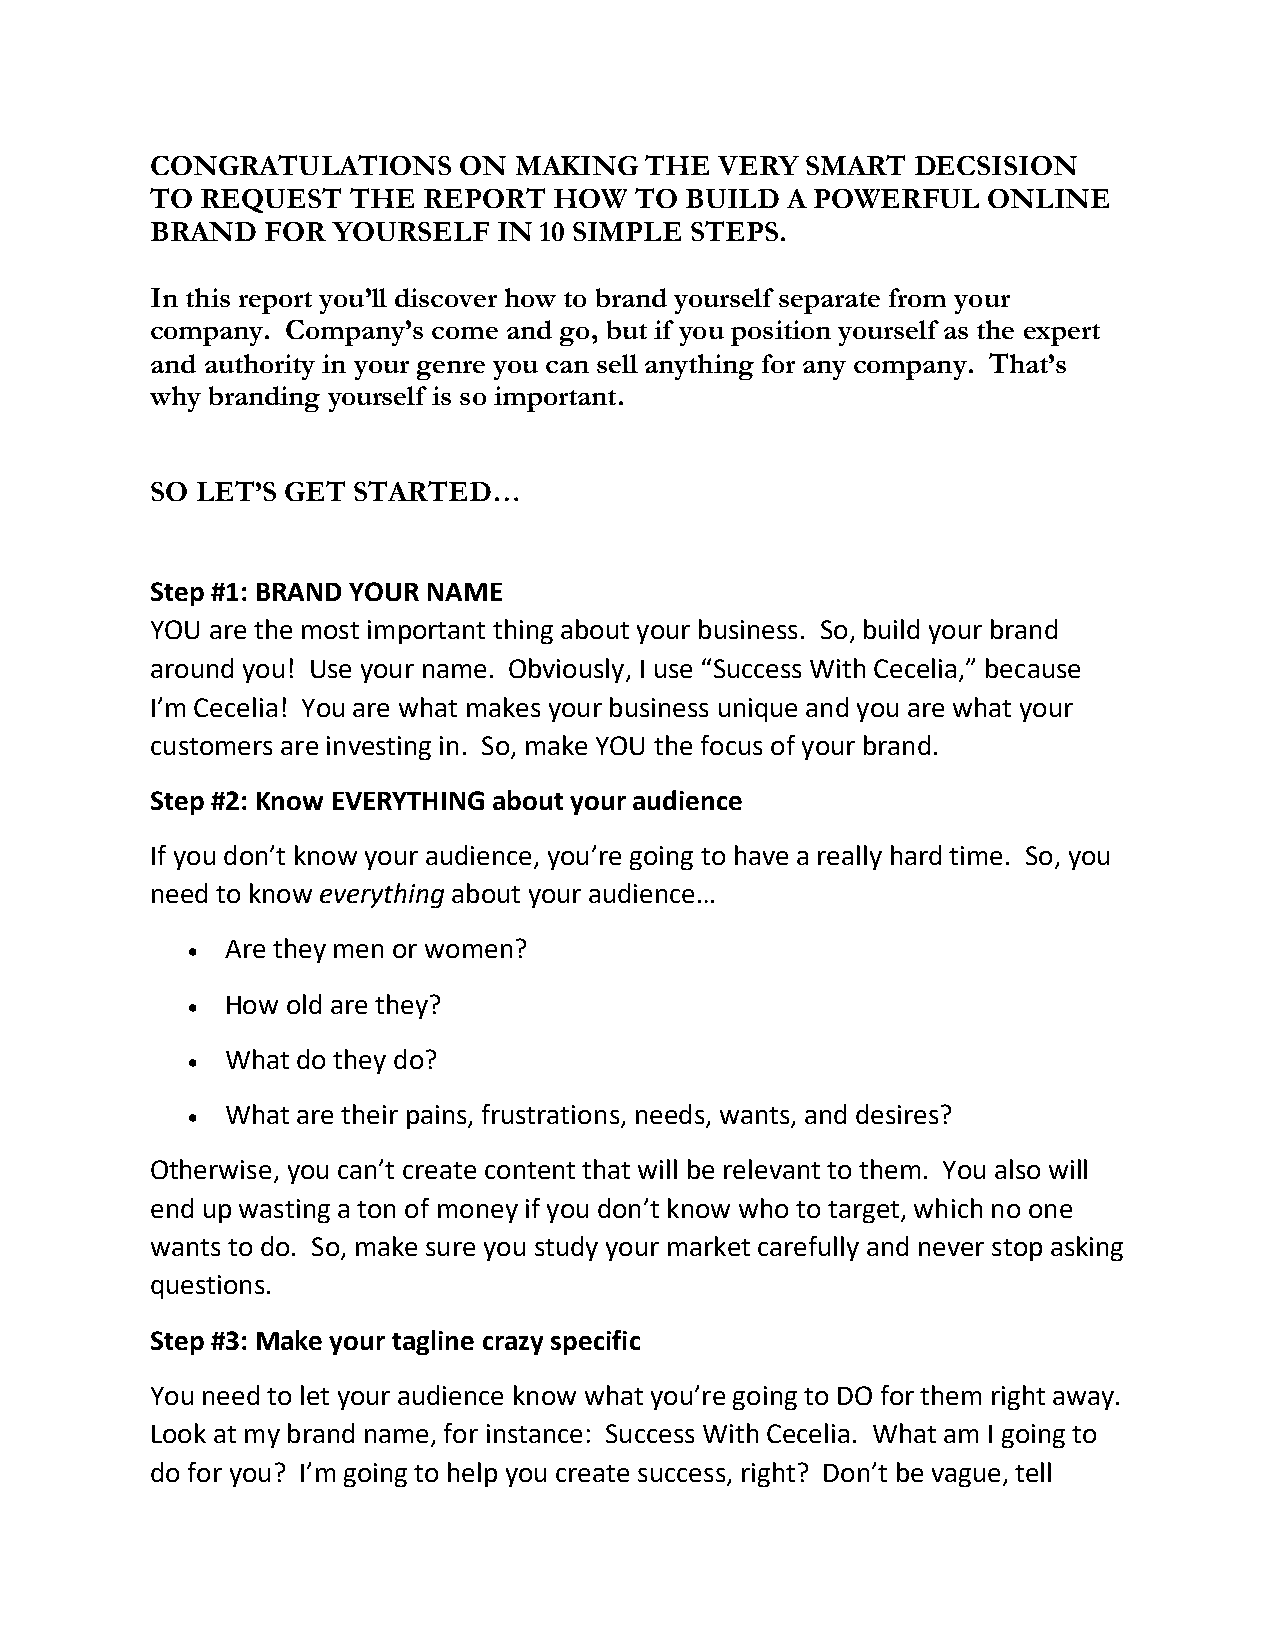
CONGRATULATIONS     ON  MAKING   THE  VERY SMART  DECSISION
 TO REQUEST   THE  REPORT   HOW  TO BUILD  A POWERFUL   ONLINE
 BRAND  FOR  YOURSELF   IN 10 SIMPLE STEPS.
 In this report you’ll discover how to brand yourself separate from your
 company. Company’s come and go, but if you position yourself as the expert
 and authority in your genre you can sell anything for any company. That’s
 why branding yourself is so important.
 SO LET’S GET STARTED…
 Step #1: BRAND YOUR NAME
 YOU are the most important thing about your business. So, build your brand
 around you! Use your name. Obviously, I use “Success With Cecelia,” because
 I’m Cecelia! You are what makes your business unique and you are what your
 customers are investing in. So, make YOU the focus of your brand.
 Step #2: Know EVERYTHING about your audience
 If you don’t know your audience, you’re going to have a really hard time. So, you
 need to know everything about your audience…
 •  Are they men or women?
 •  How old are they?
 •  What do they do?
 •  What are their pains, frustrations, needs, wants, and desires?
 Otherwise, you can’t create content that will be relevant to them. You also will
 end up wasting a ton of money if you don’t know who to target, which no one
 wants to do. So, make sure you study your market carefully and never stop asking
 questions.
 Step #3: Make your tagline crazy specific
 You need to let your audience know what you’re going to DO for them right away.
 Look at my brand name, for instance: Success With Cecelia. What am I going to
 do for you? I’m going to help you create success, right? Don’t be vague, tell